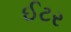
ઈટર